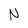
Character: N